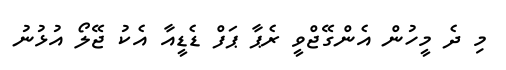
މި ދެ މީހުން އެންގޭޖްވީ ރެޕާ ޕަފް ޑެޑީއާ އެކު ޖޭލޯ އުޅުނު